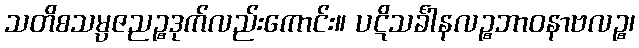
သတိစသမ္ပဇညဉ္စဒုက်လည်းကောင်း။ ပဋိသင်္ခါနလဉ္စဘာဝနာဗလဉ္စ၊